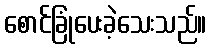
စောင်ခြုံပေးခဲ့သေးသည်။